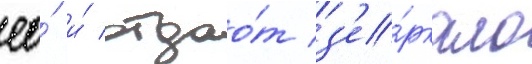
ео́ и́ отдао́т з'е́ркало